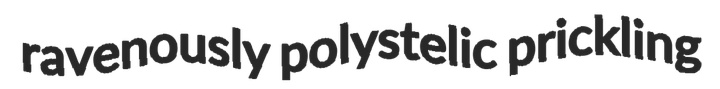
ravenously polystelic prickling